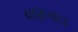
વણગાડ